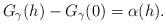
LaTeX: \begin{align*}G_\gamma(h)-G_\gamma(0) = \alpha(h).\end{align*}